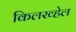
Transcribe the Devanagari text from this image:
किलरव्हेल